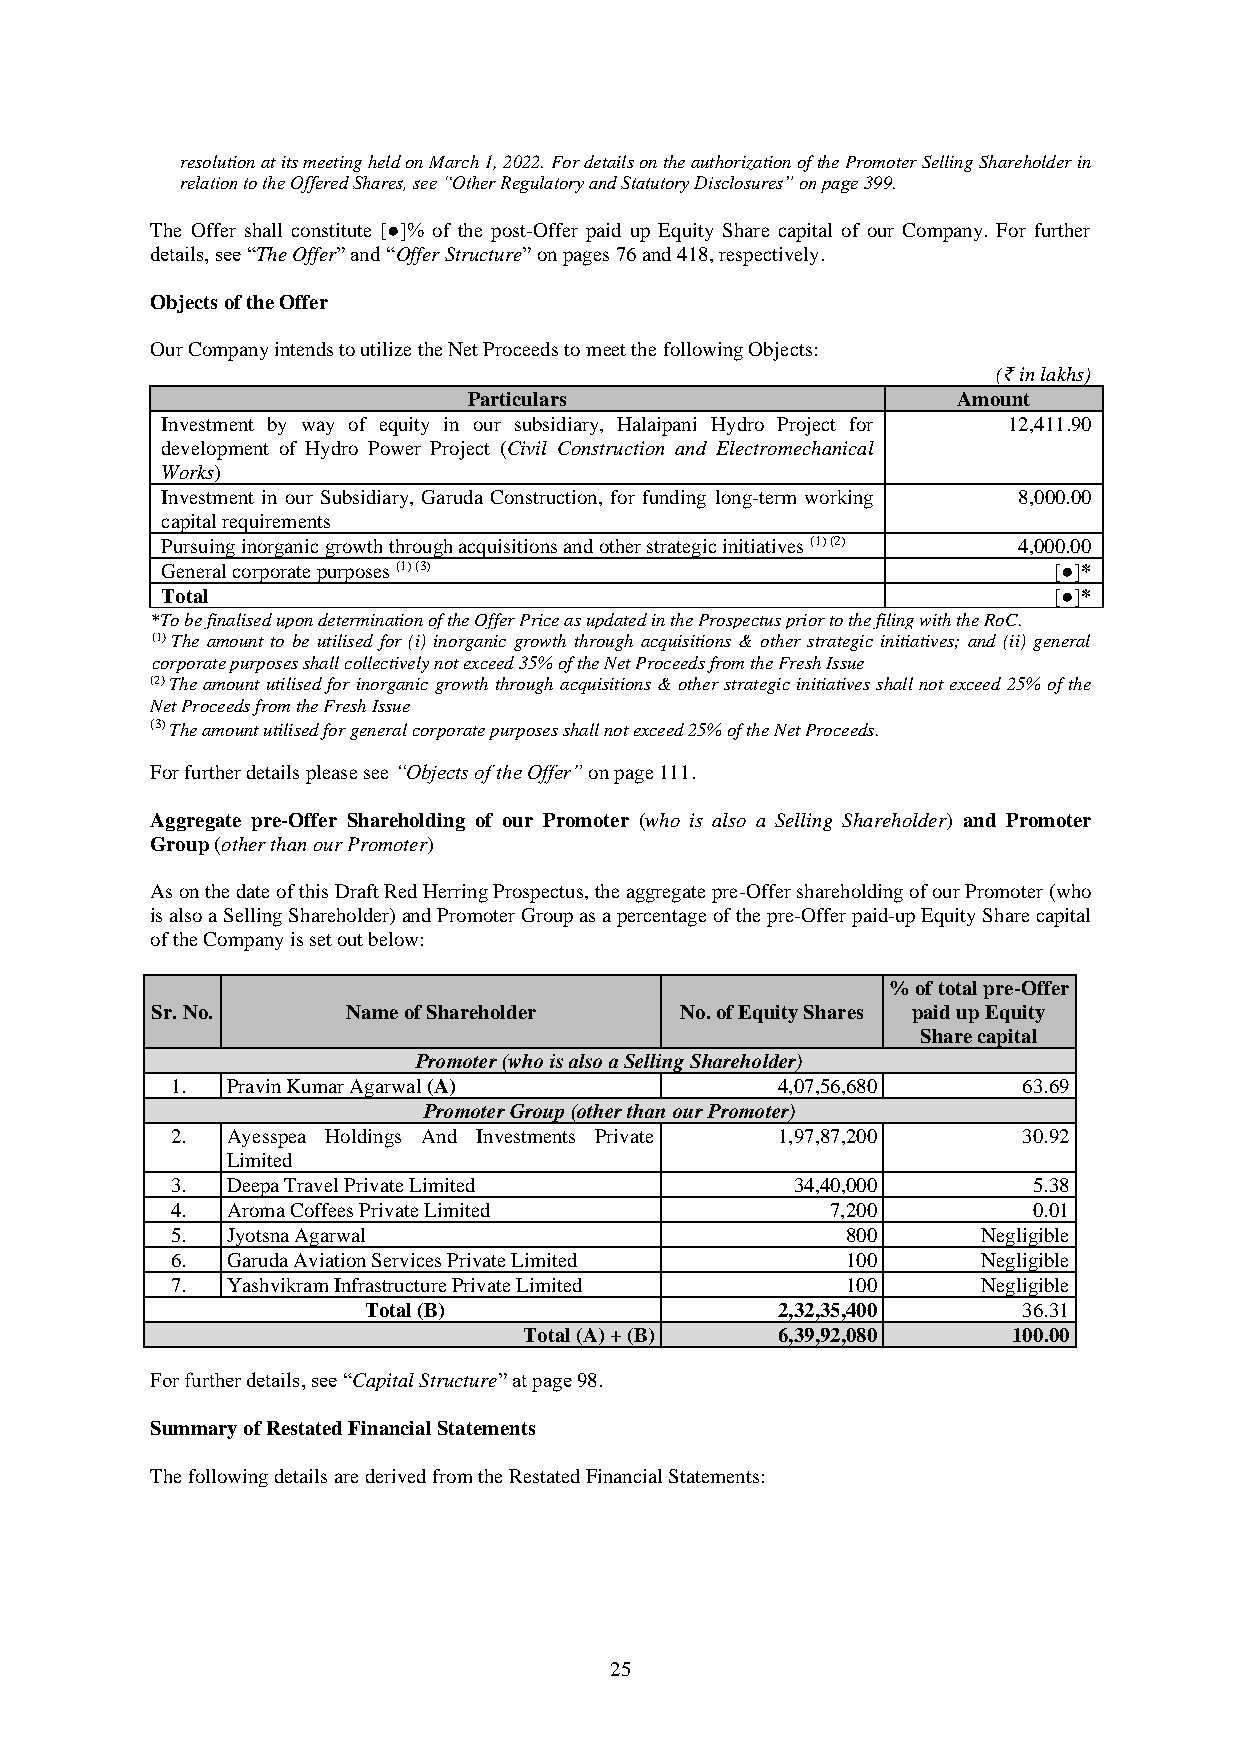
resolution at its meeting held on March 1, 2022. For details on the authorization of the Promoter Selling Shareholder in
 relation to the Offered Shares, see “Other Regulatory and Statutory Disclosures” on page 399.
 The Offer shall constitute [●]% of the post-Offer paid up Equity Share capital of our Company. For further
 details, see “The Offer” and “Offer Structure” on pages 76 and 418, respectively.
 Objects of the Offer
 Our Company intends to utilize the Net Proceeds to meet the following Objects:
 (₹ in lakhs)
 Particulars                     Amount
 Investment by way of equity in our subsidiary, Halaipani Hydro Project for 12,411.90
 development of Hydro Power Project (Civil Construction and Electromechanical
 Works)
 Investment in our Subsidiary, Garuda Construction, for funding long-term working 8,000.00
 capital requirements
 Pursuing inorganic growth through acquisitions and other strategic initiatives (1) (2) 4,000.00
 General corporate purposes (1) (3)                         [●]*
 Total                                                      [●]*
 *To be finalised upon determination of the Offer Price as updated in the Prospectus prior to the filing with the RoC.
 (1) The amount to be utilised for (i) inorganic growth through acquisitions & other strategic initiatives; and (ii) general
 corporate purposes shall collectively not exceed 35% of the Net Proceeds from the Fresh Issue
 (2) The amount utilised for inorganic growth through acquisitions & other strategic initiatives shall not exceed 25% of the
 Net Proceeds from the Fresh Issue
 (3) The amount utilised for general corporate purposes shall not exceed 25% of the Net Proceeds.
 For further details please see “Objects of the Offer” on page 111.
 Aggregate pre-Offer Shareholding of our Promoter (who is also a Selling Shareholder) and Promoter
 Group (other than our Promoter)
 As on the date of this Draft Red Herring Prospectus, the aggregate pre-Offer shareholding of our Promoter (who
 is also a Selling Shareholder) and Promoter Group as a percentage of the pre-Offer paid-up Equity Share capital
 of the Company is set out below:
 % of total pre-Offer
 Sr. No.      Name of Shareholder   No. of Equity Shares paid up Equity
 Share capital
 Promoter (who is also a Selling Shareholder)
 1.  Pravin Kumar Agarwal (A)            4,07,56,680      63.69
 Promoter Group (other than our Promoter)
 2.  Ayesspea Holdings And Investments Private 1,97,87,200 30.92
 Limited
 3.  Deepa Travel Private Limited          34,40,000      5.38
 4.  Aroma Coffees Private Limited           7,200        0.01
 5.  Jyotsna Agarwal                          800      Negligible
 6.  Garuda Aviation Services Private Limited 100      Negligible
 7.  Yashvikram Infrastructure Private Limited 100     Negligible
 Total (B)                  2,32,35,400      36.31
 Total (A) + (B) 6,39,92,080     100.00
 For further details, see “Capital Structure” at page 98.
 Summary of Restated Financial Statements
 The following details are derived from the Restated Financial Statements:
 25